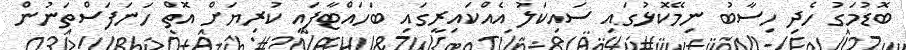
ބޮޑުމަގު ހެދި ހިސާބު ނިމޭކޮޅުގައި ސައިކަލު އެއްކައިރީގައި ބަހައްޓާފައި ކުރިޔަށް އޮތް ހަނަފަސްތަނުން